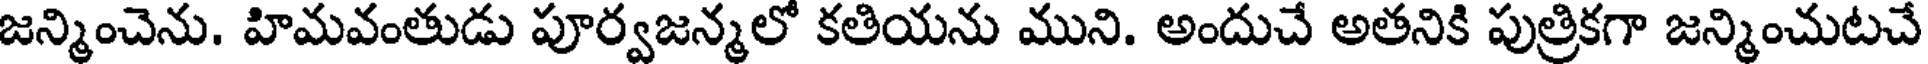
జన్మించెను. హిమవంతుడు పూర్వజన్మలో కతియను ముని. అందుచే అతనికి పుత్రికగా జన్మించుటచే